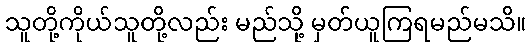
သူတို့ကိုယ်သူတို့လည်း မည်သို့ မှတ်ယူကြရမည်မသိ။